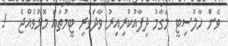
ވެން ހާލްސިޓީ މަގާމު ދިފާއުކުރިއިރު ވާދަވެރި ޓީމުތައް މޮޅުވެއްޖެ   !